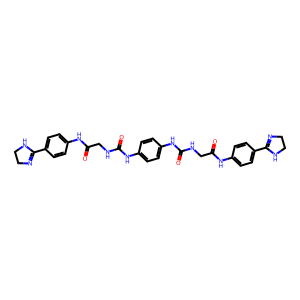
SMILES: O=C(CNC(=O)Nc1ccc(NC(=O)NCC(=O)Nc2ccc(C3=NCCN3)cc2)cc1)Nc1ccc(C2=NCCN2)cc1
Inhibits HIV replication: Yes